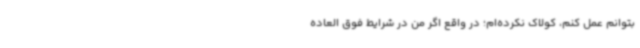
بتوانم عمل کنم، کولاک نکرده‌ام؛ در واقع اگر من در شرایط فوق العاده